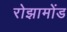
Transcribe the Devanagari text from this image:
रोझामोंड